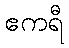
ဧကရီ